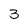
Character: 3